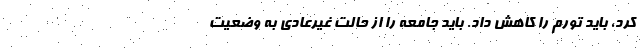
کرد، باید تورم را کاهش داد. باید جامعه را از حالت غیرعادی به وضعیت